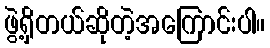
ဖွဲ့ရှိတယ်ဆိုတဲ့အကြောင်းပါ။